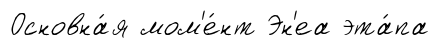
Основна́я мом'е́нт Эн'еа эта́па